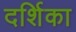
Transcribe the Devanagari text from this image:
दर्शिका